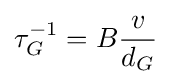
\tau _{G}^{-1}=B{\frac {v}{d_{G}}}